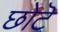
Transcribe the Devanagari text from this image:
छोटॆ